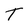
Character: T